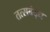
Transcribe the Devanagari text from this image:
तत्सबंद्ध